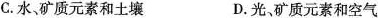
C.水、矿质元素和土壤 D.光、矿质元素和空气